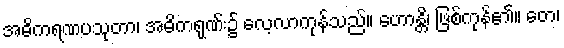
အဓိကရဏပသုတာ၊ အဓိကရုဏ်း၌ လေ့လာကုန်သည်။ ဟောန္တိ၊ ဖြစ်ကုန်၏။ တေ၊